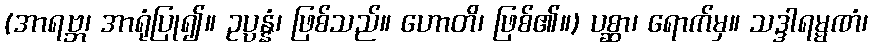
(အာရဗ္ဘ၊ အာရုံပြု၍။ ဥပ္ပန္နံ၊ ဖြစ်သည်။ ဟောတိ၊ ဖြစ်၏။) ပစ္ဆာ၊ ရောက်မှ။ သဒ္ဒါရမ္မဏံ၊